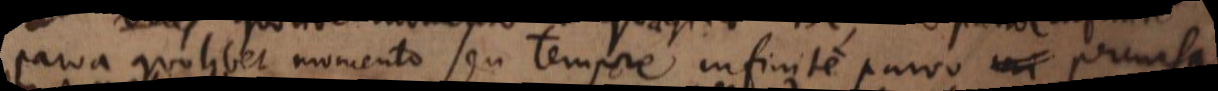
parva quolibet momento seu tempore infinite parvo percursa